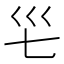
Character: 𭗺